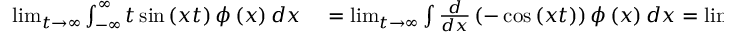
\begin{array} { r l } { \operatorname* { l i m } _ { t \rightarrow \infty } \int _ { - \infty } ^ { \infty } t \sin \left( x t \right) \phi \left( x \right) d x } & { { } = \operatorname* { l i m } _ { t \rightarrow \infty } \int \frac { d } { d x } \left( - \cos \left( x t \right) \right) \phi \left( x \right) d x = \operatorname* { l i m } _ { t \rightarrow \infty } \int \frac { d } { d x } \left( \frac { \sin \left( x t \right) } { t } \right) \phi _ { x } \left( x \right) d x } \end{array}